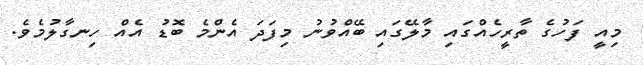
މިއީ ފަހުގެ ތާރީހެއްގައި މާލޭގައި ބޭއްވުނު މިފަދަ އެންމެ ބޮޑު އެއް ހިނގާލުމެވެ.